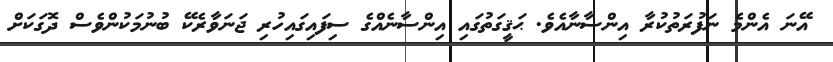
އޭނަ އެންމެ ނަފުރަތުކުރާ އިންސާނާއެވެ. ޙަޤީގަތުގައި އިންސާނެއްގެ ސިފައިގައިހުރި ޖަނަވާރެކޭ ބުނުމަކުންވެސް ދޮގަކަށް